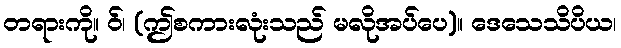
တရားကို။ ဝ်၊ (ဤစကားလုံးသည် မလိုအပ်ပေ)။ ဒေသေသိပိယ၊